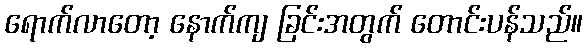
ရောက်လာတော့ နောက်ကျ ခြင်းအတွက် တောင်းပန်သည်။